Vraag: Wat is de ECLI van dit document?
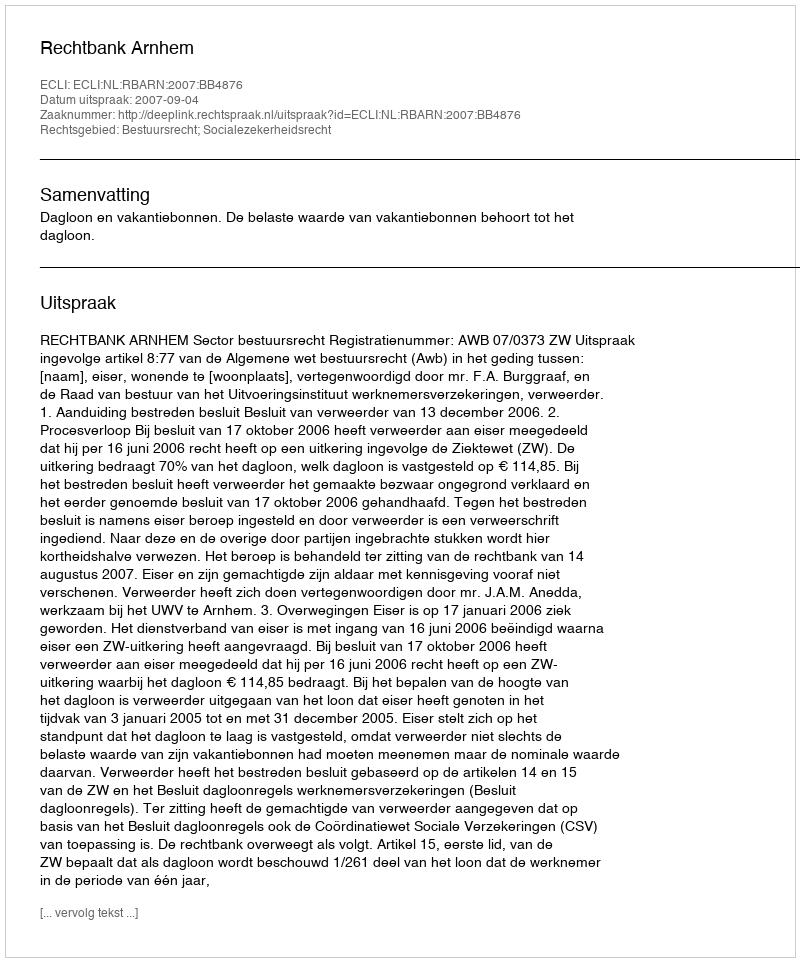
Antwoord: ECLI:NL:RBARN:2007:BB4876